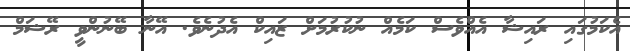
އެކަމުގައި ރައިޝާ އެއްވެސް ކަމެއް ނުކުރުމަށް ޒައިކް އެދުނެވެ. އޭނާ ބޭނުންވީ ރޭޝަމް